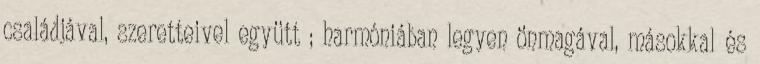
családjával, szeretteivel együtt ; harmóniában legyen önmagával, másokkal és